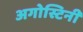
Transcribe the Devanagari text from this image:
अगोस्टिनी